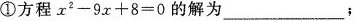
①方程$$x ^ { 2 } - 9 x + 8 = 0$$的解为___；